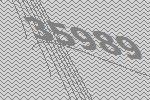
35989